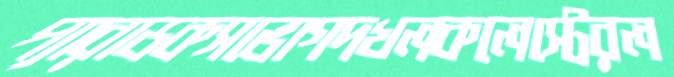
প্যারাডকসভোগদখলকলেস্টেরল